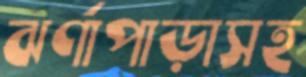
ঝর্ণাপাড়াসহ